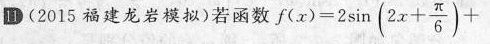
11 (2015福建龙岩模拟)若函数$$f ( x ) = 2 \sin ( 2 x + \frac { π } { 6 } ) +